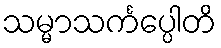
သမ္မာသင်္ကပ္ပေါတိ